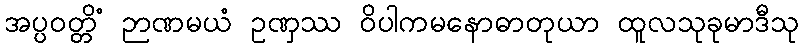
အပ္ပဝတ္တိံ ဉာဏမယံ ဥဏှဿ ဝိပါကမနောဓာတုယာ ထူလသုခုမာဒီသု